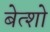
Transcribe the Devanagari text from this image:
बेत्शो